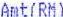
AMT(RM)